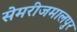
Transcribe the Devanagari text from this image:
सेमरीजमालपुर